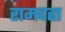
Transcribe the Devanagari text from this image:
रामदहा